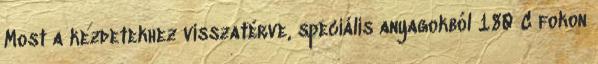
Most a kezdetekhez visszatérve, speciális anyagokból 180 C fokon